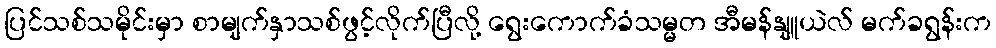
ပြင်သစ်သမိုင်းမှာ စာမျက်နှာသစ်ဖွင့်လိုက်ပြီလို့ ရွေးကောက်ခံသမ္မတ အီမန်နျူယဲလ် မက်ခရွန်းက